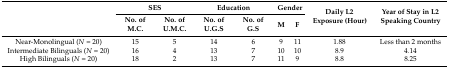
| <ROWSPAN=2>  | <COLSPAN=2> SES | <COLSPAN=2> Education | <COLSPAN=2> Gender | <ROWSPAN=2> Daily L2 Exposure (Hour) | <ROWSPAN=2> Year of Stay in L2 Speaking Country |
 | No. of M.C. | No. of U.M.C. | No. of U.G.S | No. of G.S | M | F |
 | --- | --- | --- | --- | --- | --- | --- | --- | --- |
 | Near-Monolingual (N = 20) | 15 | 5 | 14 | 6 | 9 | 11 | 1.88 | Less than 2 months |
 | Intermediate Bilinguals (N = 20) | 16 | 4 | 13 | 7 | 10 | 10 | 8.9 | 4.14 |
 | High Bilinguals (N = 20) | 18 | 2 | 13 | 7 | 11 | 9 | 8.8 | 8.25 |